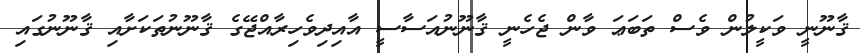
ޤާނޫނީ ވަކީލުން ވެސް ތަބަޢަ ވާން ޖެހެނީ ޤާނޫނުއަސާސީ އާއިދިވެހިރާއްޖޭގެ ޤާނޫނުތަކަށާއި ޤާނޫނުގައި